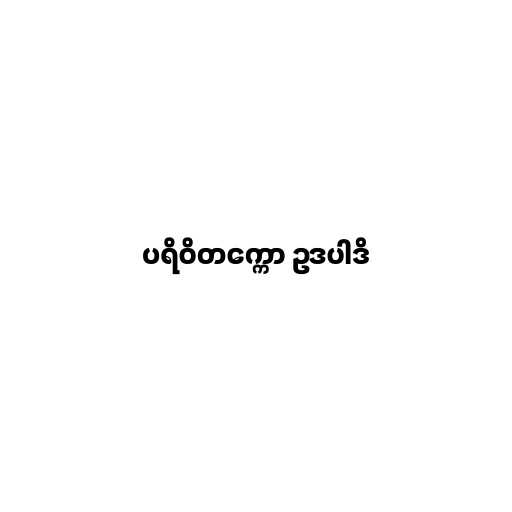
ပရိဝိတက္ကော ဥဒပါဒိ